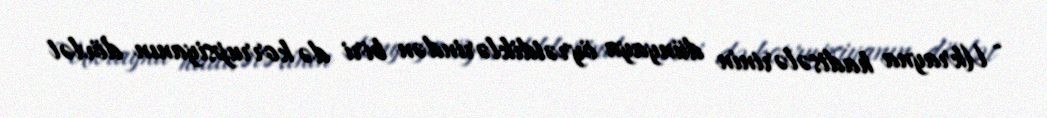
- Ukrayna hadisələrinin dünyaya öyrətdiklərindən biri də korrupsiyanın dövlət